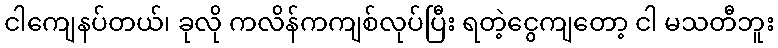
ငါကျေနပ်တယ်၊ ခုလို ကလိန်ကကျစ်လုပ်ပြီး ရတဲ့ငွေကျတော့ ငါ မသတီဘူး